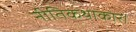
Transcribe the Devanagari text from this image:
नीतिकथाकार।